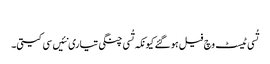
‏
تُسی ٹیسٹ وچ فیل ہو گئے کیونکہ تُسی چنگی تیاری نئیں سی کیتی۔